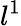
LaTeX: l^{1}